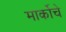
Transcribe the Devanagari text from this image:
मार्कोचे